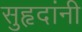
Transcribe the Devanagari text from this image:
सुहृदांनी